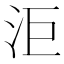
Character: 洰